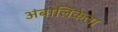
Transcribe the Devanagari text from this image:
अंबालिकेला